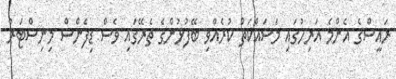
ރައީސްގެ އެންމެ އަރިހުގައި މަސައްކަތް ކުރެއްވި ބޭފުޅުންގެ ތެރޭގައި ވެސް ޑިފެންސް މިނިސްޓަރު